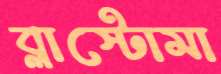
ব্লাস্টোমা